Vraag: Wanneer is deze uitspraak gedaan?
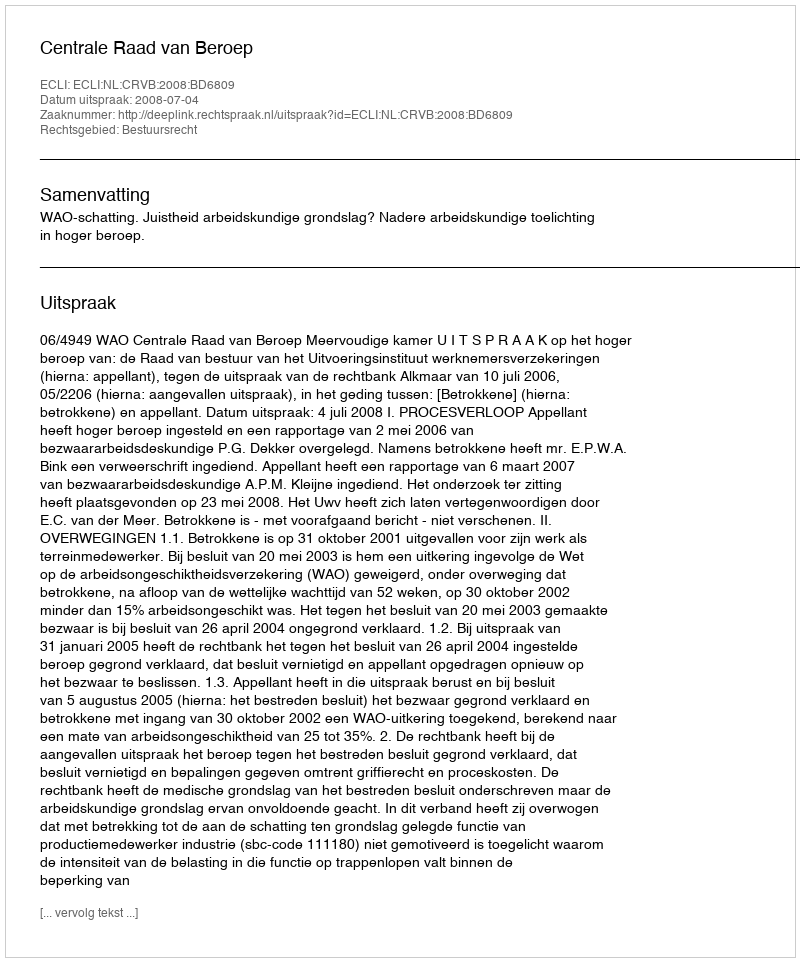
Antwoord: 2008-07-04